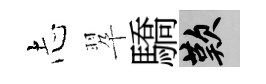
𢖽翆驕嘆